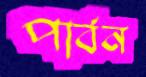
পার্বন